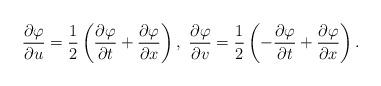
LaTeX: \begin{align*}\frac{\partial\varphi}{\partial u}=\frac{1}{2}\left(\frac{\partial\varphi}{\partial t}+\frac{\partial\varphi}{\partial x}\right),\ \frac{\partial\varphi}{\partial v}=\frac{1}{2}\left(-\frac{\partial\varphi}{\partial t}+\frac{\partial\varphi}{\partial x}\right).\end{align*}